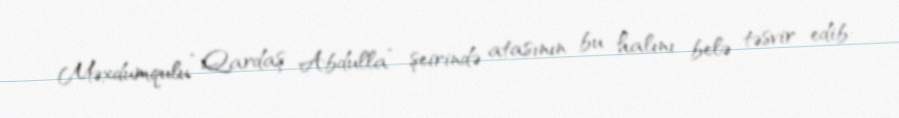
Məxdumqulu “Qardaş Abdulla” şeirində atasının bu halını belə təsvir edib: